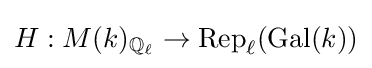
H:M(k)_{\mathbb {Q} _{\ell }}\to \operatorname {Rep} _{\ell }(\operatorname {Gal} (k))